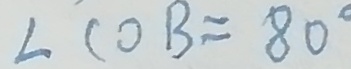
\angle C O B = 8 0 ^ { \circ }